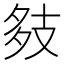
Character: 㩼